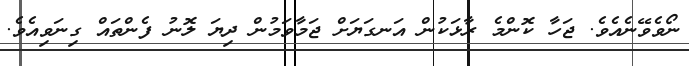
ނޯވެވޭނެއެވެ. ޖަހާ ކޮންމެ ރާޅަކުން އަނގަޔަށް ޖަމާވަމުން ދިޔަ ލޮނު ފެންތައް ގިނަވިއެވެ.